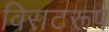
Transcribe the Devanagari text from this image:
विराटरूप